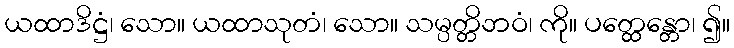
ယထာဒိဋ္ဌံ၊ သော။ ယထာသုတံ၊ သော။ သမ္ပတ္တိဘဝံ၊ ကို။ ပတ္ထေန္တော၊ ၍။